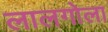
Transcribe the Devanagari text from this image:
लालगोला